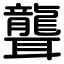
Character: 聾